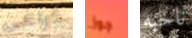
ذراعى جوز ناحيه